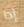
إذا